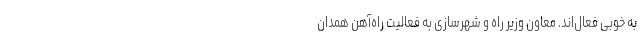
به خوبی فعال‌اند. معاون وزیر راه و شهرسازی به فعالیت راه‌آهن همدان